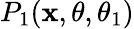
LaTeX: P_{1}(\mathbf{x},\theta,\theta_{1})